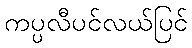
ကပ္ပလီပင်လယ်ပြင်